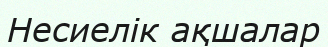
Несиелік ақшалар